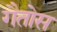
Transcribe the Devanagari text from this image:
गैतोस